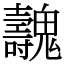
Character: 魗